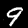
Label: 9